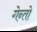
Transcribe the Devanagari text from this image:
गेन्तो